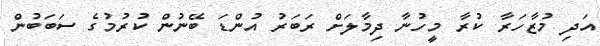
އަދި މުޒާހަރާ ކުރާ މީހުނާ ދިމާލަށް ރަބަރު އުންޑަ ބޭނުން ކުރުމުގެ ސަބަބުން